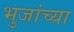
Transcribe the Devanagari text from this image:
भुजांच्या